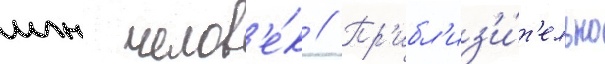
млн челов'е́к // Пр'ибл'из'и́т'ельно